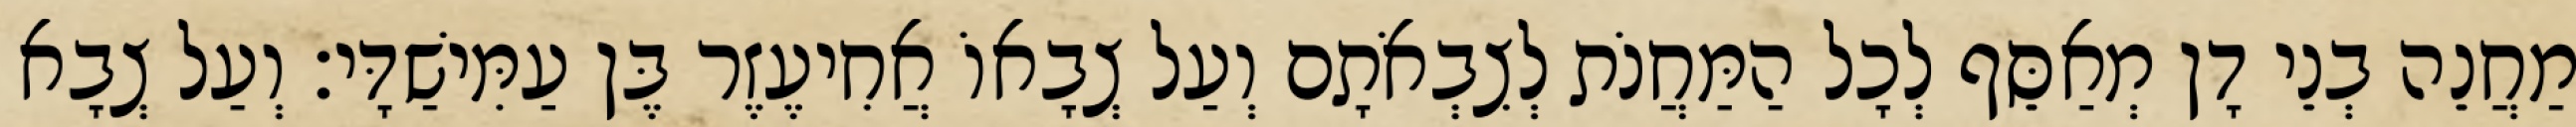
מַחֲנֵה בְנֵי דָן מְאַסֵּף לְכָל הַמַּחֲנֹת לְצִבְאֹתָם וְעַל צְבָאוֹ אֲחִיעֶזֶר בֶּן עַמִּישַׁדָּי׃ וְעַל צְבָא